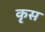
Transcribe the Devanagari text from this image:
कृस